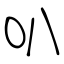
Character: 叭